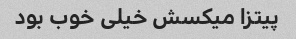
پیتزا میکسش خیلی خوب بود